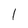
Character: l